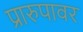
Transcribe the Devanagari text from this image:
प्रारुपावर